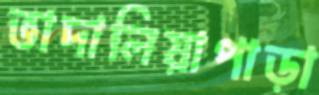
ভাদালিয়াপাড়া